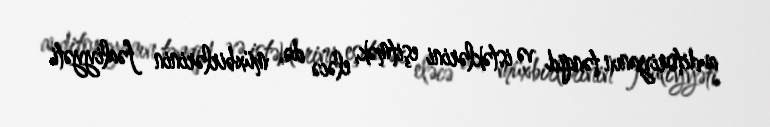
auditoriyanın tənqid və istəklərini eşitmək, eləcə də, müxbirlərinin fəaliyyəti